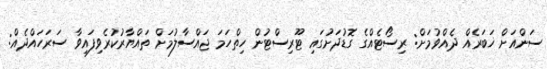
ސަންއަށް ޚަބަރެއް ދެއްވުމަށް: ރިސޯޓެއްގެ ގޮޑުދަށުގައި ޓޫރިސްޓުން ހިތްހަމަ ޖައްސާލުމަށް ތައްޔާރުކުރެވިފައިވާ ސަރަހައްދެއް: